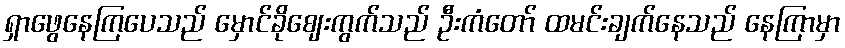
ရှာဖွေနေကြပေသည် မှောင်ခိုဈေးကွက်သည် ဦးကံတော် ထမင်းချက်နေသည် နေကြာမှာ